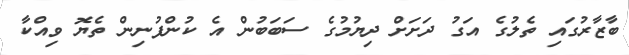
ބާޒާރުގައި ތެލުގެ އަގު ދަށަށް ދިޔުމުގެ ސަބަބުން އެ ކުންފުނިން ތެޔޮ ވިއްކާ